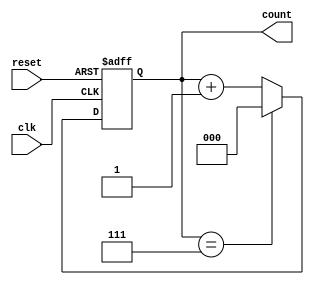
`timescale 1ns / 1ps
//////////////////////////////////////////////////////////////////////////////////
// Company: 
// Engineer: 
// 
// Design Name: 
// Module Name: ctc
// Project Name: 
// Target Devices: 
// Tool Versions: 
// Description: 
// 
// Dependencies: 
// 
// Revision:
// Revision 0.01 - File Created
// Additional Comments:
// 
//////////////////////////////////////////////////////////////////////////////////


module ctc( clk, reset, count );
    input clk,reset;
    output reg[2:0] count;
    always@ ( posedge clk or negedge reset)
       begin
             if( reset == 0 )    
               begin
                   count <= 0;
                end
             else if(clk == 1)
                begin
                    if( count ==7 )
                        begin
                            count <= 0;
                        end
                    else 
                        begin 
                            count <= count + 1;
                        end
                end
             else
               begin
                   count<=count; 
               end		 
       end
endmodule